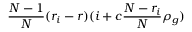
\frac { N - 1 } { N } ( r _ { i } - r ) ( i + c \frac { N - r _ { i } } { N } \rho _ { g } )